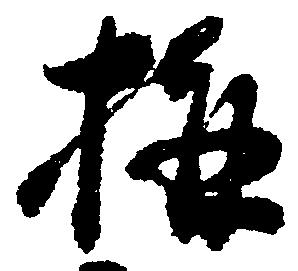
構